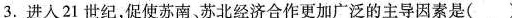
3.进入21世纪，促使苏南苏北经济合作更加广泛的主导因素是( )